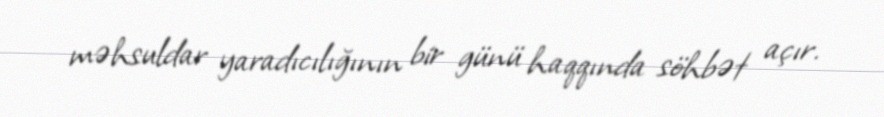
məhsuldar yaradıcılığının bir günü haqqında söhbət açır.